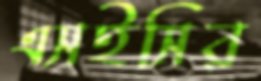
এসইসির